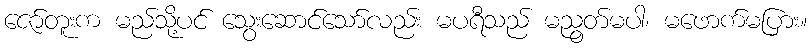
ဇော်တူးက မည်သို့ပင် သွေးဆောင်သော်လည်း မပရီသည် မညွတ်မပါ၊ မဖောက်မပြား။